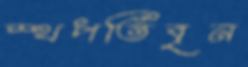
স্থপতিবৃন